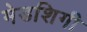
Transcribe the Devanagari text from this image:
मेडशिगी